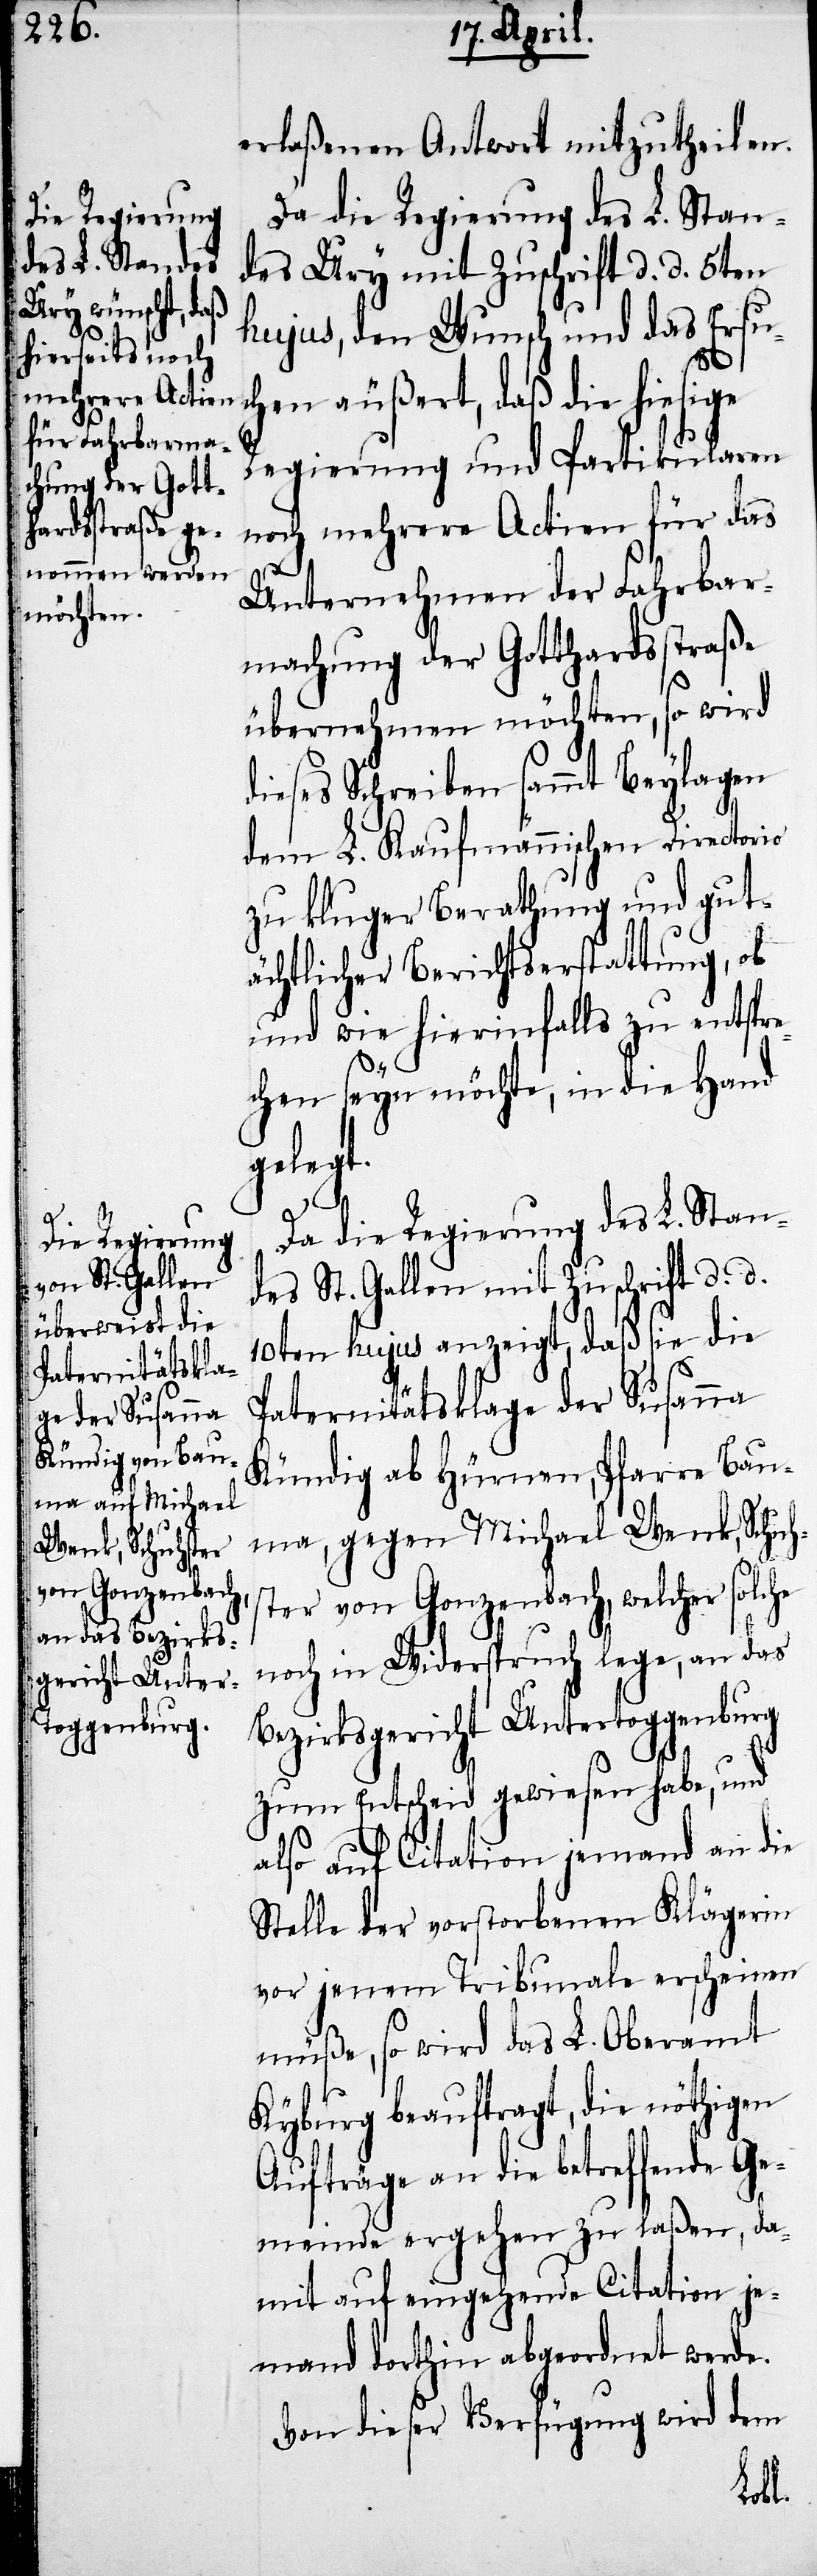
erlaßenen Antwort mithzutheilen.
Da die Regierung des L. Stan¬
des Ury mit Zuschrift d. d. 5ten
hujus, den Wunsch und das Ersu¬
chen äußert, daß die hiesige
Regierung und Partikularen
noch mehrere Actien für das
d¬
Unternehmen der Fahrbar¬
machung der Gotthardsstraße
übernehmen möchten, so wird
ieses Schreiben sammt Beylagen
dem L. Kaufmännischen Directorio
zu kluger Berathung und gut¬
ächtlicher Berichtserstattung, ob
und wie hierinfalls zu entspre¬
chen seyn möchte, in die Hand
gelegt.
Da die Regierung des L. Stan¬
des St. Gallen mit Zuschrift d. d.
10ten hujus anzeigt, daß sie die
Paternitätsklage der Susanna
Kündig ab Hürnen, Pfarre Bau¬
ma, gegen Michael Wenk, Schuhs¬
ter von Gonzenbach, welcher solche
noch in Widerspruch lege, an das
Bezirksgericht Untertoggenburg
zum Entscheid gewiesen habe, und
also auf Citation jemand an die
Stelle der vorstorbenen Klägerin
vor jenem Tribunale erscheinen
müße, so wird das L. Oberamt
Kyburg beauftragt, die nöthigen
Aufträge an die betreffende Ge¬
meinde ergehen zu laßen, da¬
mit auf eingehende Citation je¬
mand dorthin abgeordnet werde.
Von dieser Verfügung wird dem